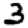
Digit: 3